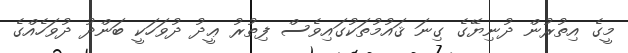
މީގެ އިތުރުން ދުނިޔޭގެ ގިނަ ޤައުމުތަކުގައިވެސް ފިތުރު ޢީދު ދުވަހަކީ ބަންދު ދުވަހެއްގެ